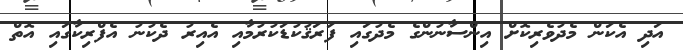
އަދި އެކަން މެދުވެރިކޮށް އިންސާނުންގެ މެދުގައި ފަރަޤުކުޑަކުރުމާއި އެއިރު ދެކުނު އެފްރިކާގައި އޮތް